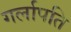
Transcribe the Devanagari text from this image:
गर्लापति